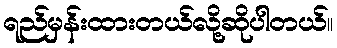
ရည်မှန်းထားတယ်လို့ဆိုပါတယ်။